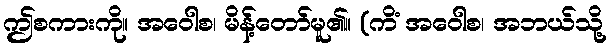
ဤစကားကို။ အဝေါစ၊ မိန့်တော်မူ၏။ (ကိံ အဝေါစ၊ အဘယ်သို့